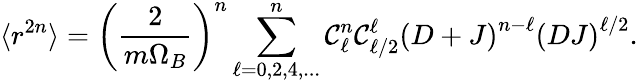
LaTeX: \langle r^{2n}\rangle=\left(\frac{2}{m\Omega_{B}}\right)^{n}\sum_{\ell=0,2,4,...}^{n}\mathcal{C}_{\ell}^{n}\mathcal{C}_{\ell/2}^{\ell}\left(D+J\right)^{n-\ell}\left(DJ\right)^{\ell/2}.